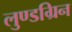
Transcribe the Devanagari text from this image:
लुण्डग्रिन